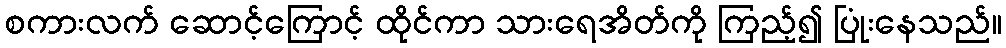
စကားလက် ဆောင့်ကြောင့် ထိုင်ကာ သားရေအိတ်ကို ကြည့်၍ ပြုံးနေသည်။